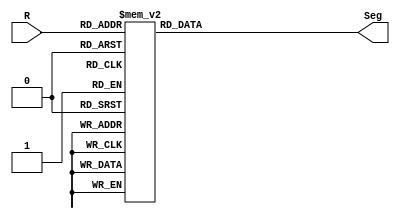
module sevenSeg(R,Seg);
	
	input [3:0] R;

	output reg [6:0] Seg;

	always @ (R)begin
		case (R)
			4'd0 :  Seg = 7'b1000000;
			4'd1 :  Seg = 7'b1111001;
			4'd2 :  Seg = 7'b0100100;
			4'd3 :  Seg = 7'b0110000;
			4'd4 :  Seg = 7'b0011001;
			4'd5 :  Seg = 7'b0010010;
			4'd6 :  Seg = 7'b0000010;
			4'd7 :  Seg = 7'b1111000;
			4'd8 :  Seg = 7'b0000000;
			4'd9 :  Seg = 7'b0010000;
			4'd10 :  Seg = 7'b0001000;
			4'd11 :  Seg = 7'b0000011;
			4'd12 :  Seg = 7'b1000110;
			4'd13 :  Seg = 7'b0100001;
			4'd14 :  Seg = 7'b0000110;
			4'd15 :  Seg = 7'b0001110;
			default :  Seg = 7'b1000000;
		endcase
	end
endmodule